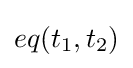
eq(t_{1},t_{2})